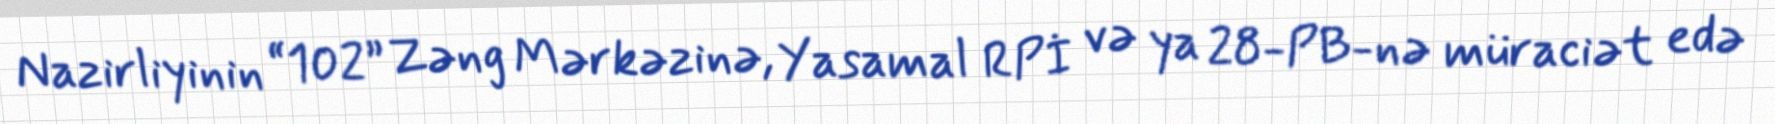
Nazirliyinin “102” Zəng Mərkəzinə, Yasamal RPİ və ya 28-PB-nə müraciət edə